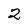
Character: 2